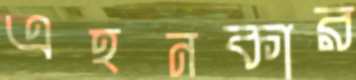
এহনকার